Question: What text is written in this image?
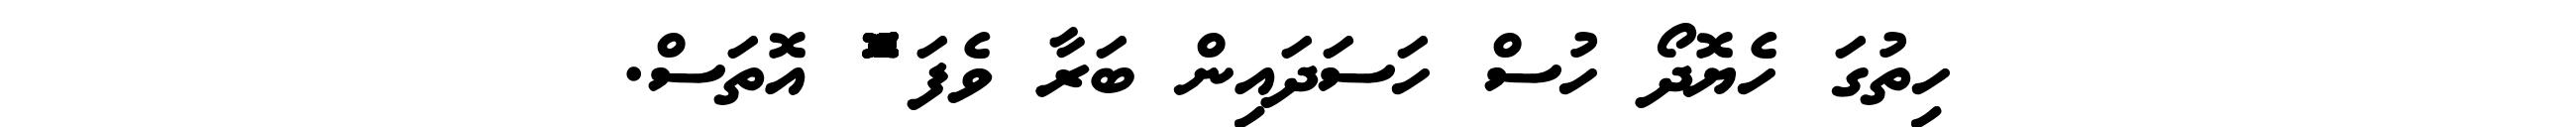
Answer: ހިތުގަ ހެޔޮދޯ ހުސް ހަސަދައިން ބަރާ ވެފަ ްްްްްްްްޮްްްްްްްްްްްްްްްްޮްްްްްްްްްްްްްްްްޮްްްްްްްްްްްްްްްްޮްްްް އޮތަސް.